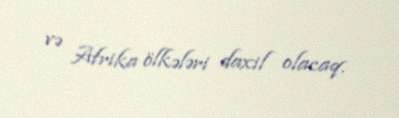
və Afrika ölkələri daxil olacaq.